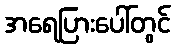
အရေပြားပေါ်တွင်